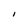
Character: I